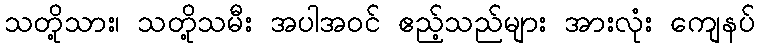
သတို့သား၊ သတို့သမီး အပါအဝင် ဧည့်သည်များ အားလုံး ကျေနပ်